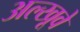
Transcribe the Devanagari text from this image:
अल्खूवे